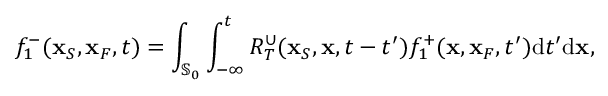
f _ { 1 } ^ { - } ( { \bf x } _ { S } , { \bf x } _ { F } , t ) = \int _ { { \mathbb { S } _ { 0 } } } \int _ { - \infty } ^ { t } R _ { T } ^ { \cup } ( { \bf x } _ { S } , { \bf x } , t - t ^ { \prime } ) f _ { 1 } ^ { + } ( { \bf x } , { \bf x } _ { F } , t ^ { \prime } ) \mathrm { d } t ^ { \prime } \mathrm { d } { \bf x } ,